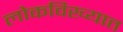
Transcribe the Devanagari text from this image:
लोकविख्यात